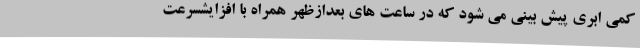
کمی ابری پیش بینی می شود که در ساعت های بعدازظهر همراه با افزایشسرعت